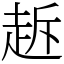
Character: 䞣